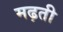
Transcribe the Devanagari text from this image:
मढ़ती